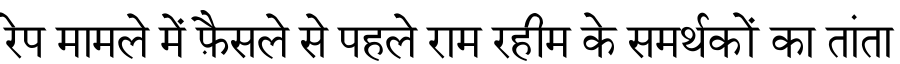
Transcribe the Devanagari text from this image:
रेप मामले में फ़ैसले से पहले राम रहीम के समर्थकों का तांता